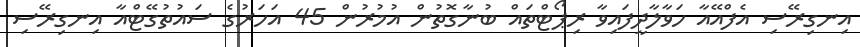
އިނގިރޭސި އެފްއޭއާ ހަވާލާދީފައިވާ ރިޕޯޓްތައް ބުނާގޮތުން އުމުރުން 45 އަހަރުގެ ސައުތުގޭޓްއާ އިނގިރޭސި